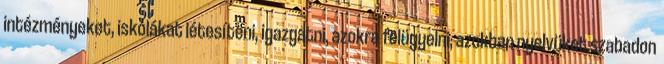
intézményeket, iskolákat létesíteni, igazgatni, azokra felügyelni, azokban nyelvüket szabadon